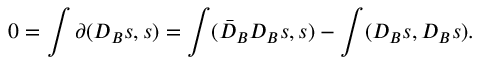
0 = \int \partial ( D _ { B } s , s ) = \int ( \bar { D } _ { B } D _ { B } s , s ) - \int ( D _ { B } s , D _ { B } s ) .